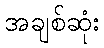
အချစ်ဆုံး